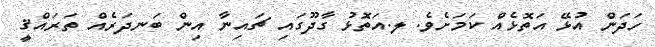
ހަދަން އުޅޭ އަތޮޅެއް ކަމަށެވެ. ލ.އަތޮޅު ގާދޫގައި ޗައިނާ އިން ބަނދަރެއް ތަރައްޤީ